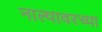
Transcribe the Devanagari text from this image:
नाल्यावरच्या